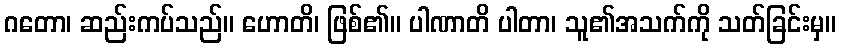
ဂတော၊ ဆည်းကပ်သည်။ ဟောတိ၊ ဖြစ်၏။ ပါဏာတိ ပါတာ၊ သူ၏အသက်ကို သတ်ခြင်းမှ။